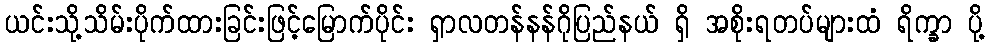
ယင်းသို့သိမ်းပိုက်ထားခြင်းဖြင့်မြောက်ပိုင်း ရှာလတန်နန်ဂိုပြည်နယ် ရှိ အစိုးရတပ်များထံ ရိက္ခာ ပို့